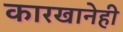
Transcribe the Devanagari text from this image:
कारखानेही